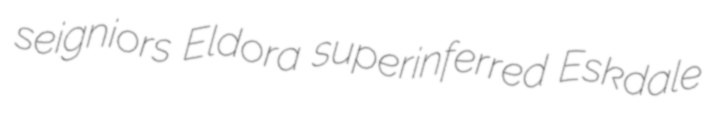
seigniors Eldora superinferred Eskdale